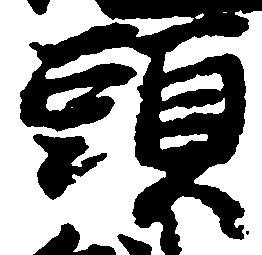
頭